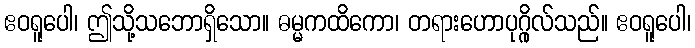
ဧဝရူပေါ၊ ဤသို့သဘောရှိသော။ ဓမ္မကထိကော၊ တရားဟောပုဂ္ဂိုလ်သည်။ ဧဝရူပေါ၊